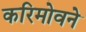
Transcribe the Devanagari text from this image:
करिमोवने